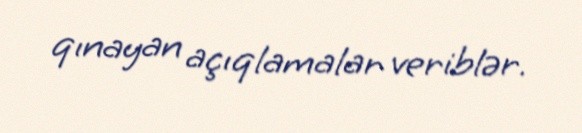
qınayan açıqlamalar veriblər.